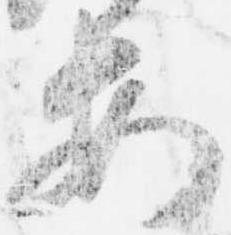
安